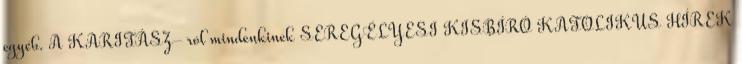
egyéb. A KARITÁSZ- ról mindenkinek SEREGÉLYESI KISBÍRÓ KATOLIKUS HÍREK